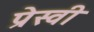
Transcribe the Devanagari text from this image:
प्रेस्वी